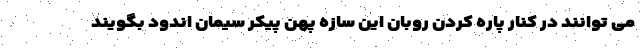
می توانند در کنار پاره کردن روبان این سازه پهن پیکر سیمان اندود بگویند